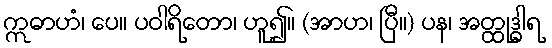
ဣဓာဟံ၊ ပေ။ ပဝါရိတော၊ ဟူ၍။ (အာဟ၊ ပြီ။) ပန၊ အတ္ထုဒ္ဓါရ